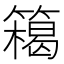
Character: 𥴭